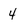
Character: 4